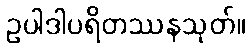
ဥပါဒါပရိတဿနသုတ်။